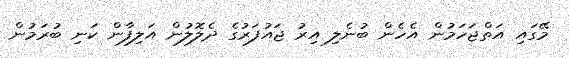
މޭގައި އަތްޖަހަމުން އެހެން ބުނެލި އިރު ޖައުފަރުގެ ދެލޮލުން އަލިފާން ކަނި ބުރަމުން